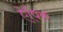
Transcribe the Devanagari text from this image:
ऐपिक